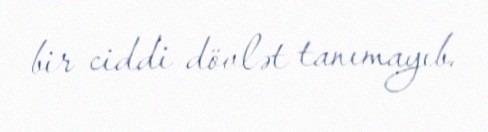
bir ciddi dövlət tanımayıb.